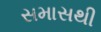
સમાસથી